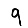
Digit: 9